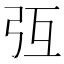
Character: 𢎸